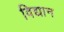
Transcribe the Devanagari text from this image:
विद्यान